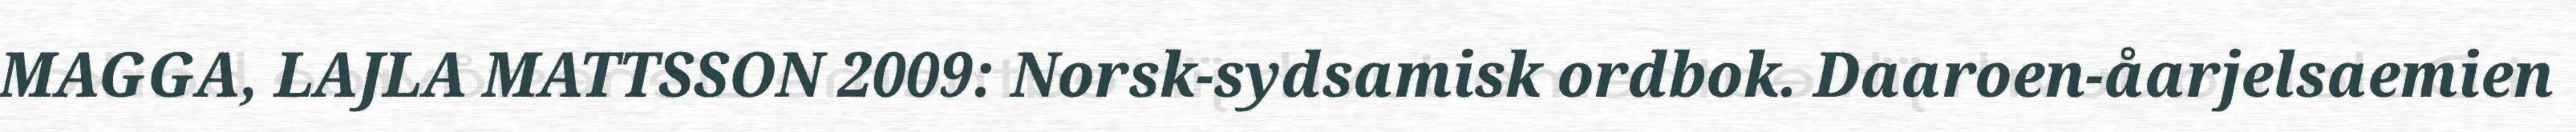
MAGGA, LAJLA MATTSSON 2009: Norsk-sydsamisk ordbok. Daaroen-åarjelsaemien